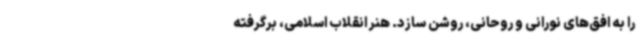
را به افق‌های نورانی و روحانی، روشن سازد. هنر انقلاب اسلامی، برگرفته